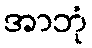
အာဘုံ